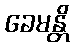
ခေမန္တိ